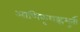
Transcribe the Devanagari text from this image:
आणिकृशह्णमूर्ती